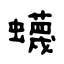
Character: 蠛